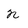
Character: N